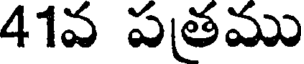
41వ పతము